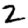
Digit: 2